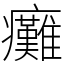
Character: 癱